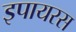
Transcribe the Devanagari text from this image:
इपायरस